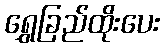
ရွှေခြည်ထိုးပေး